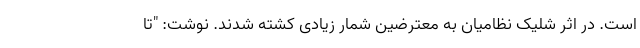
است. در اثر شلیک نظامیان به معترضین شمار زیادی کشته شدند. نوشت: "تا